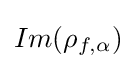
Im(\rho _{f,\alpha })